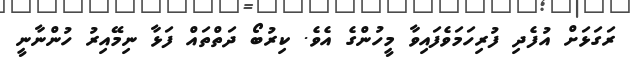
ރަގަޅަށް އުފެދި ފުރިހަމަވެފައިވާ މީހުންގެ އެވެ. ކިރުބޯ ދަތްތައް ފަޅާ ނިމޭއިރު ހުންނާނީ